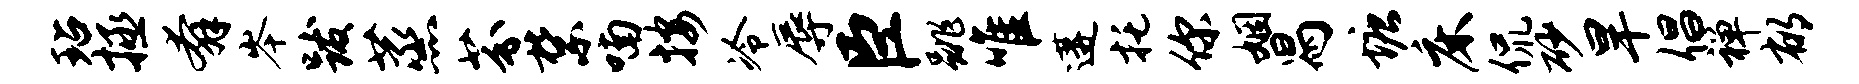
玷拯奔岑跋蒸芬禁喃按冷辱臣跳唯遘托你姻舄塘床侃砂旱倡禅郁